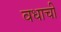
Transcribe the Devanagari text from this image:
वधाची